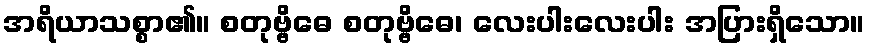
အရိယာသစ္စာ၏။ စတုဗ္ဗိဓေ စတုဗ္ဗိဓေ၊ လေးပါးလေးပါး အပြားရှိသော။